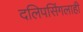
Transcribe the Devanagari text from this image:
दलिपसिंगलाही